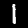
Label: 1